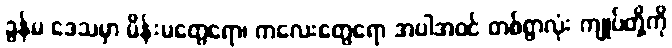
ခွန်မ ဒေသမှာ မိန်းမတွေရော၊ ကလေးတွေရော အပါအဝင် တစ်ရွာလုံး ကျုပ်တို့ကို